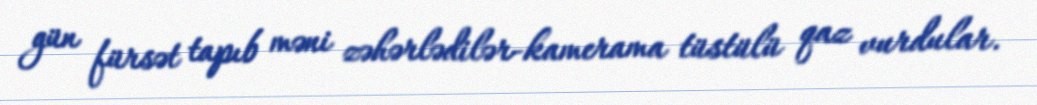
gün fürsət tapıb məni zəhərlədilər-kamerama tüstülü qaz vurdular.